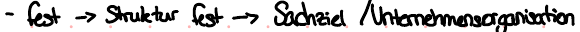
- fest -> Struktur fest -> Sachziel / Unternehmensorganisation